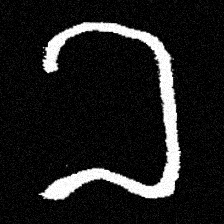
Pyu character \u2014 Myanmar letter: ခ (romanized: kha)